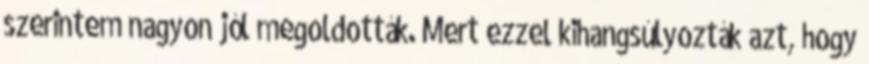
szerintem nagyon jól megoldották. Mert ezzel kihangsúlyozták azt, hogy